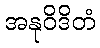
အနုဝိဒိတံ